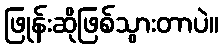
ဖြုန်းဆိုဖြစ်သွားတာပဲ။